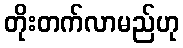
တိုးတက်လာမည်ဟု